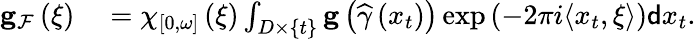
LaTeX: \begin{array}{rl}{\mathbf{g}_{\mathcal{F}}\left(\xi\right)}&{{}=\chi_{\left[0,\omega\right]}\left(\xi\right)\int_{D\times\{ t\} }\mathbf{g}\left(\widehat{\gamma}\left(x_{t}\right)\right)\exp\left(-2\pi i\langle x_{t},\xi\rangle\right)\mathsf{d}x_{t}.}\end{array}